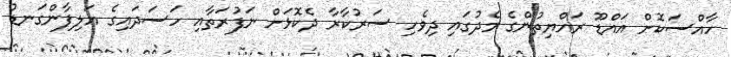
ހާއްސަކޮށް އައްޑޫ ރައްޔިތުންގެ މެދުގައި ދިވެހި ސަރުކާރާ ދެކޮޅަށް ނަފުރަތާއި ހަސަދައިގެ އަލިފާންގަނޑު